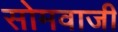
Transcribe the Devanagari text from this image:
सोमवाजी